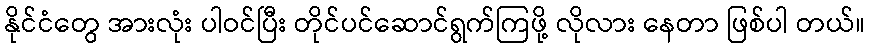
နိုင်ငံတွေ အားလုံး ပါဝင်ပြီး တိုင်ပင်ဆောင်ရွက်ကြဖို့ လိုလား နေတာ ဖြစ်ပါ တယ်။